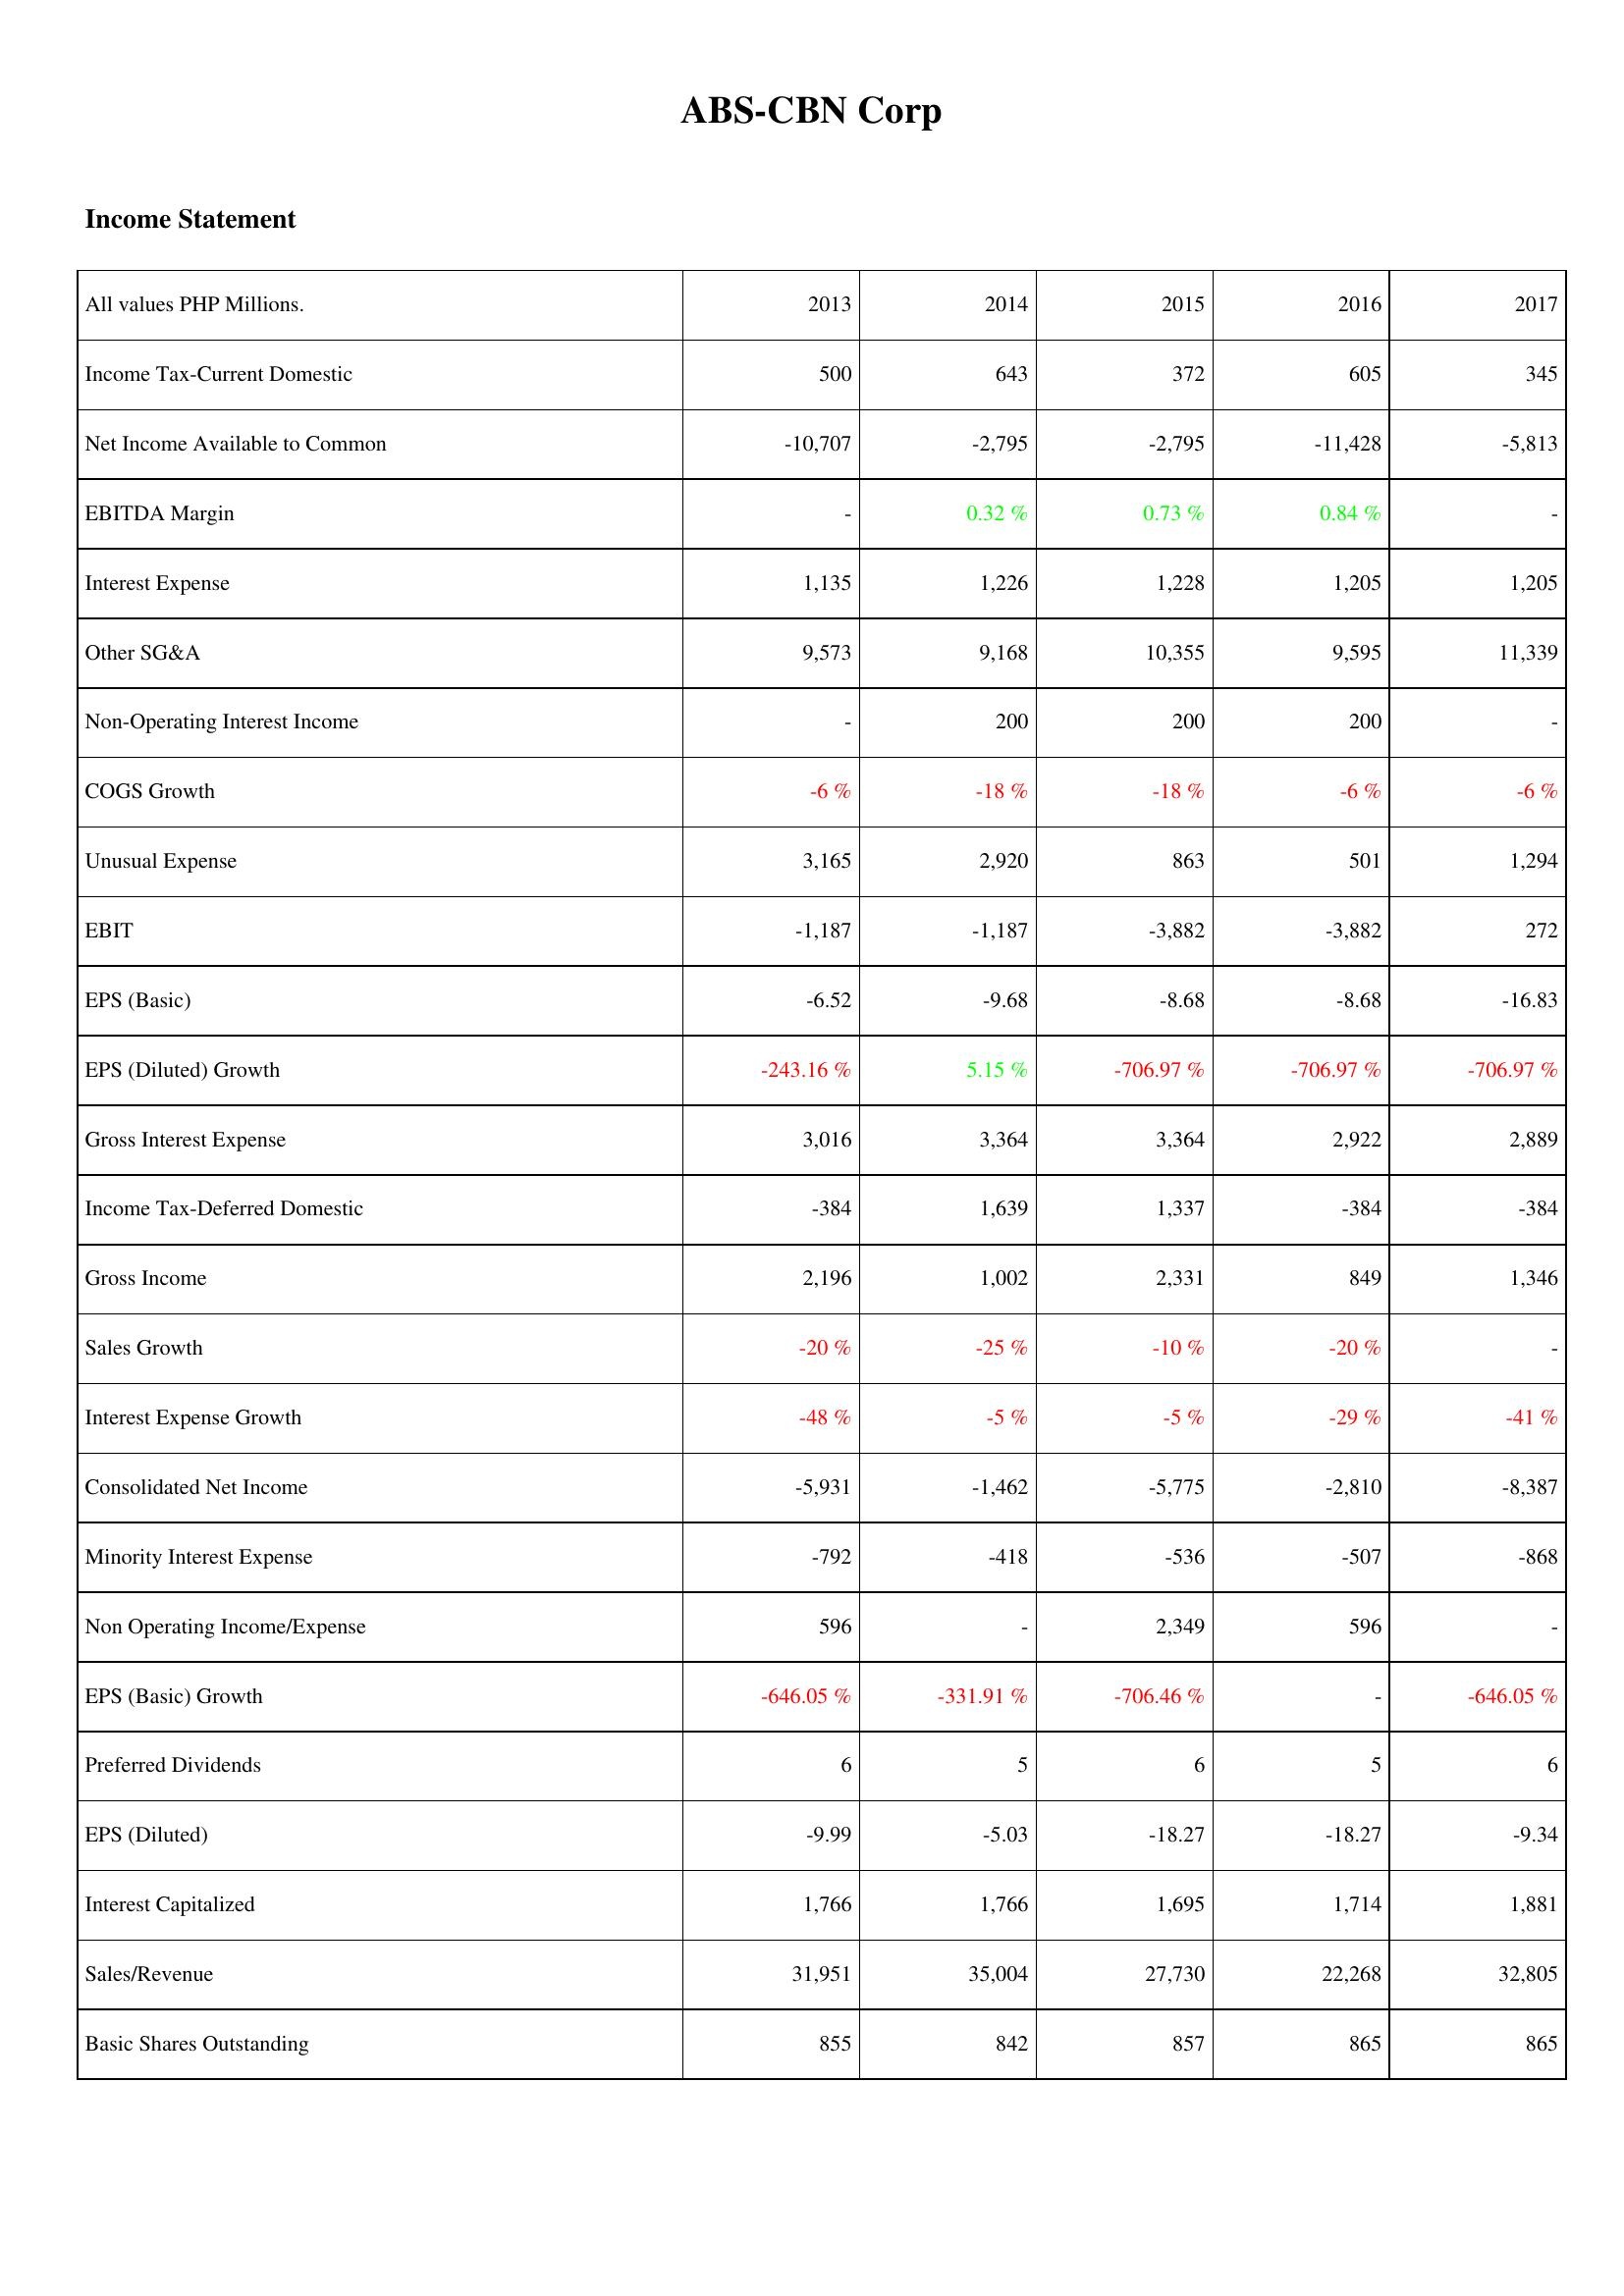
2013: Income Statement: Income Tax-Current Domestic: 500
Net Income Available to Common: -10,707
EBITDA Margin: -
Interest Expense: 1,135
Other SG&A: 9,573
Non-Operating Interest Income: -
COGS Growth: -6 %
Unusual Expense: 3,165
EBIT: -1,187
EPS (Basic): -6.52
EPS (Diluted) Growth: -243.16 %
Gross Interest Expense: 3,016
Income Tax-Deferred Domestic: -384
Gross Income: 2,196
Sales Growth: -20 %
Interest Expense Growth: -48 %
Consolidated Net Income: -5,931
Minority Interest Expense: -792
Non Operating Income/Expense: 596
EPS (Basic) Growth: -646.05 %
Preferred Dividends: 6
EPS (Diluted): -9.99
Interest Capitalized: 1,766
Sales/Revenue: 31,951
Basic Shares Outstanding: 855
2014: Income Statement: Income Tax-Current Domestic: 643
Net Income Available to Common: -2,795
EBITDA Margin: 0.32 %
Interest Expense: 1,226
Other SG&A: 9,168
Non-Operating Interest Income: 200
COGS Growth: -18 %
Unusual Expense: 2,920
EBIT: -1,187
EPS (Basic): -9.68
EPS (Diluted) Growth: 5.15 %
Gross Interest Expense: 3,364
Income Tax-Deferred Domestic: 1,639
Gross Income: 1,002
Sales Growth: -25 %
Interest Expense Growth: -5 %
Consolidated Net Income: -1,462
Minority Interest Expense: -418
Non Operating Income/Expense: -
EPS (Basic) Growth: -331.91 %
Preferred Dividends: 5
EPS (Diluted): -5.03
Interest Capitalized: 1,766
Sales/Revenue: 35,004
Basic Shares Outstanding: 842
2015: Income Statement: Income Tax-Current Domestic: 372
Net Income Available to Common: -2,795
EBITDA Margin: 0.73 %
Interest Expense: 1,228
Other SG&A: 10,355
Non-Operating Interest Income: 200
COGS Growth: -18 %
Unusual Expense: 863
EBIT: -3,882
EPS (Basic): -8.68
EPS (Diluted) Growth: -706.97 %
Gross Interest Expense: 3,364
Income Tax-Deferred Domestic: 1,337
Gross Income: 2,331
Sales Growth: -10 %
Interest Expense Growth: -5 %
Consolidated Net Income: -5,775
Minority Interest Expense: -536
Non Operating Income/Expense: 2,349
EPS (Basic) Growth: -706.46 %
Preferred Dividends: 6
EPS (Diluted): -18.27
Interest Capitalized: 1,695
Sales/Revenue: 27,730
Basic Shares Outstanding: 857
2016: Income Statement: Income Tax-Current Domestic: 605
Net Income Available to Common: -11,428
EBITDA Margin: 0.84 %
Interest Expense: 1,205
Other SG&A: 9,595
Non-Operating Interest Income: 200
COGS Growth: -6 %
Unusual Expense: 501
EBIT: -3,882
EPS (Basic): -8.68
EPS (Diluted) Growth: -706.97 %
Gross Interest Expense: 2,922
Income Tax-Deferred Domestic: -384
Gross Income: 849
Sales Growth: -20 %
Interest Expense Growth: -29 %
Consolidated Net Income: -2,810
Minority Interest Expense: -507
Non Operating Income/Expense: 596
EPS (Basic) Growth: -
Preferred Dividends: 5
EPS (Diluted): -18.27
Interest Capitalized: 1,714
Sales/Revenue: 22,268
Basic Shares Outstanding: 865
2017: Income Statement: Income Tax-Current Domestic: 345
Net Income Available to Common: -5,813
EBITDA Margin: -
Interest Expense: 1,205
Other SG&A: 11,339
Non-Operating Interest Income: -
COGS Growth: -6 %
Unusual Expense: 1,294
EBIT: 272
EPS (Basic): -16.83
EPS (Diluted) Growth: -706.97 %
Gross Interest Expense: 2,889
Income Tax-Deferred Domestic: -384
Gross Income: 1,346
Sales Growth: -
Interest Expense Growth: -41 %
Consolidated Net Income: -8,387
Minority Interest Expense: -868
Non Operating Income/Expense: -
EPS (Basic) Growth: -646.05 %
Preferred Dividends: 6
EPS (Diluted): -9.34
Interest Capitalized: 1,881
Sales/Revenue: 32,805
Basic Shares Outstanding: 865